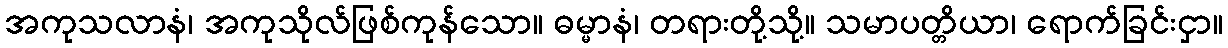
အကုသလာနံ၊ အကုသိုလ်ဖြစ်ကုန်သော။ ဓမ္မာနံ၊ တရားတို့သို့။ သမာပတ္တိယာ၊ ရောက်ခြင်းငှာ။